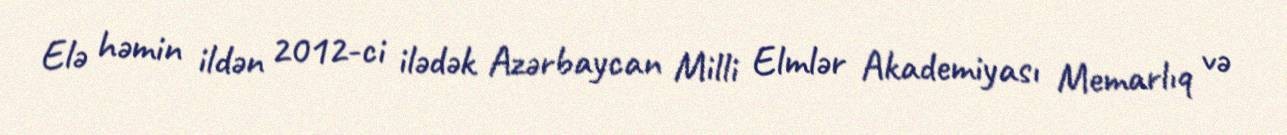
Elə həmin ildən 2012-ci ilədək Azərbaycan Milli Elmlər Akademiyası Memarlıq və